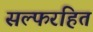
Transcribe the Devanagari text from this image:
सल्फरहित